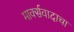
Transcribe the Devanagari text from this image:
मार्क्‍सवादाचा